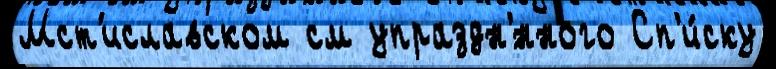
Мст'иславском см упраздн'́нного Сп'и́ску